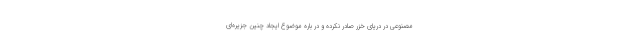
مصنوعی در دریای خزر صادر نکرده و در باره موضوع ایجاد چنین جزیره‌ای